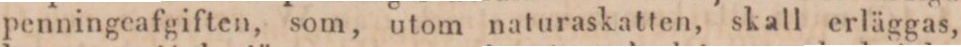
penningeafgiften, som, utom naturaskatten, skall erläggas,